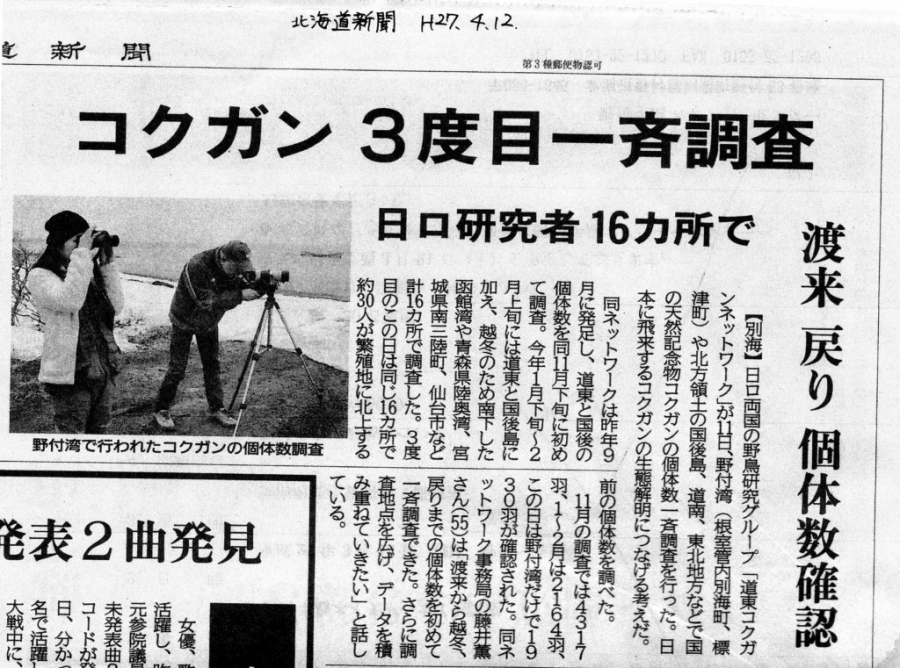
Language: ja